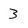
Character: 3